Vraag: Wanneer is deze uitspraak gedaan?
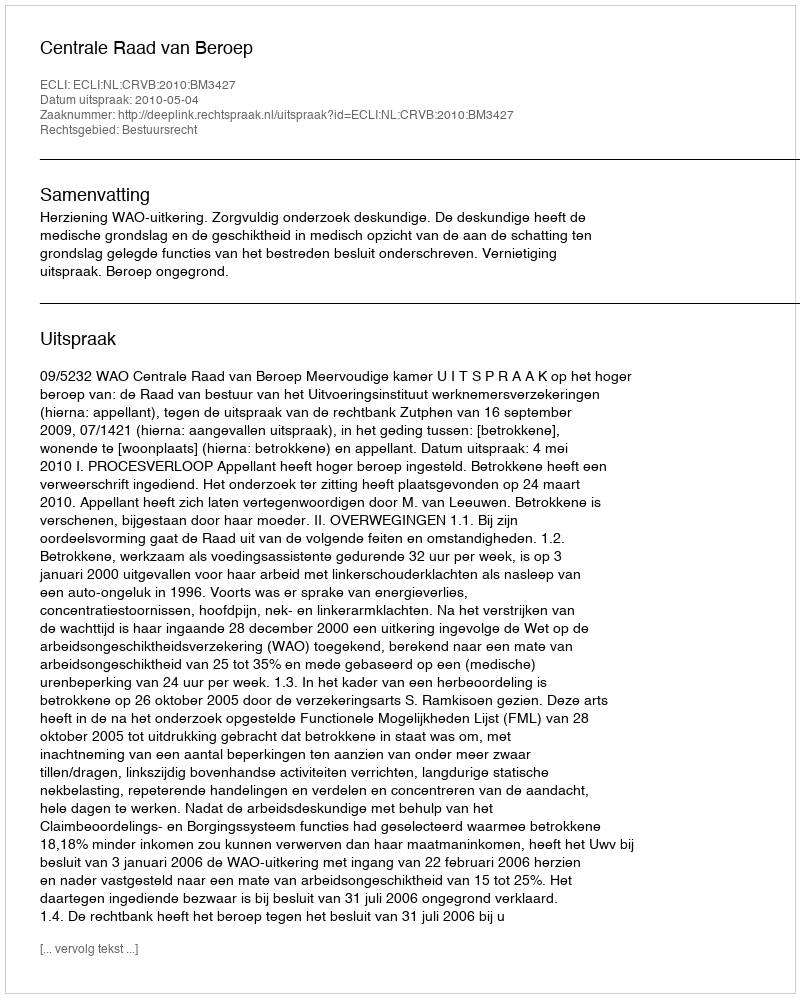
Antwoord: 2010-05-04